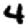
Digit: 4